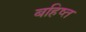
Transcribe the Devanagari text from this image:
बहिष्त